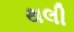
થલી